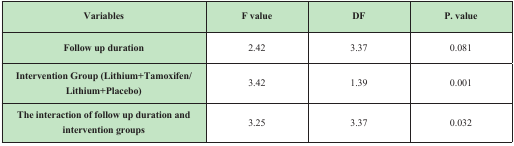
<table><thead><tr><td><b>Variables</b></td><td><b>F value</b></td><td><b>DF</b></td><td><b>P.Value</b></td></tr></thead><tbody><tr><td><b>Follow up duration</b></td><td>2.42</td><td>3.37</td><td>0.081</td></tr><tr><td><b>Intervention Group (Lithium+Tamoxifen/Lithium+Placebo)</b></td><td>3.42</td><td>1.39</td><td>0.001</td></tr><tr><td><b>The interaction of follow up duration and intervention groups</b></td><td>3.25</td><td>3.37</td><td>0.032</td></tr></tbody></table>